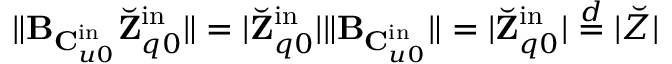
\| \mathbf { B } _ { \mathbf { C } _ { u 0 } ^ { \mathrm { i n } } } \breve { \mathbf { Z } } _ { q 0 } ^ { \mathrm { i n } } \| = | \breve { \mathbf { Z } } _ { q 0 } ^ { \mathrm { i n } } | \| \mathbf { B } _ { \mathbf { C } _ { u 0 } ^ { \mathrm { i n } } } \| = | \breve { \mathbf { Z } } _ { q 0 } ^ { \mathrm { i n } } | \stackrel { d } { = } | \breve { Z } |